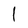
Character: 1